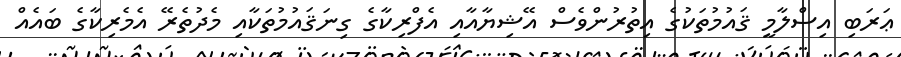
ޢަރަބި އިސްލާމީ ޤައުމުތަކުގެ އިތުރުންވެސް އޭޝިޔާއާއި އެފްރިކާގެ ގިނަޤައުމުތަކާއި މެދުތެރޭ އެމެރިކާގެ ބައެއް